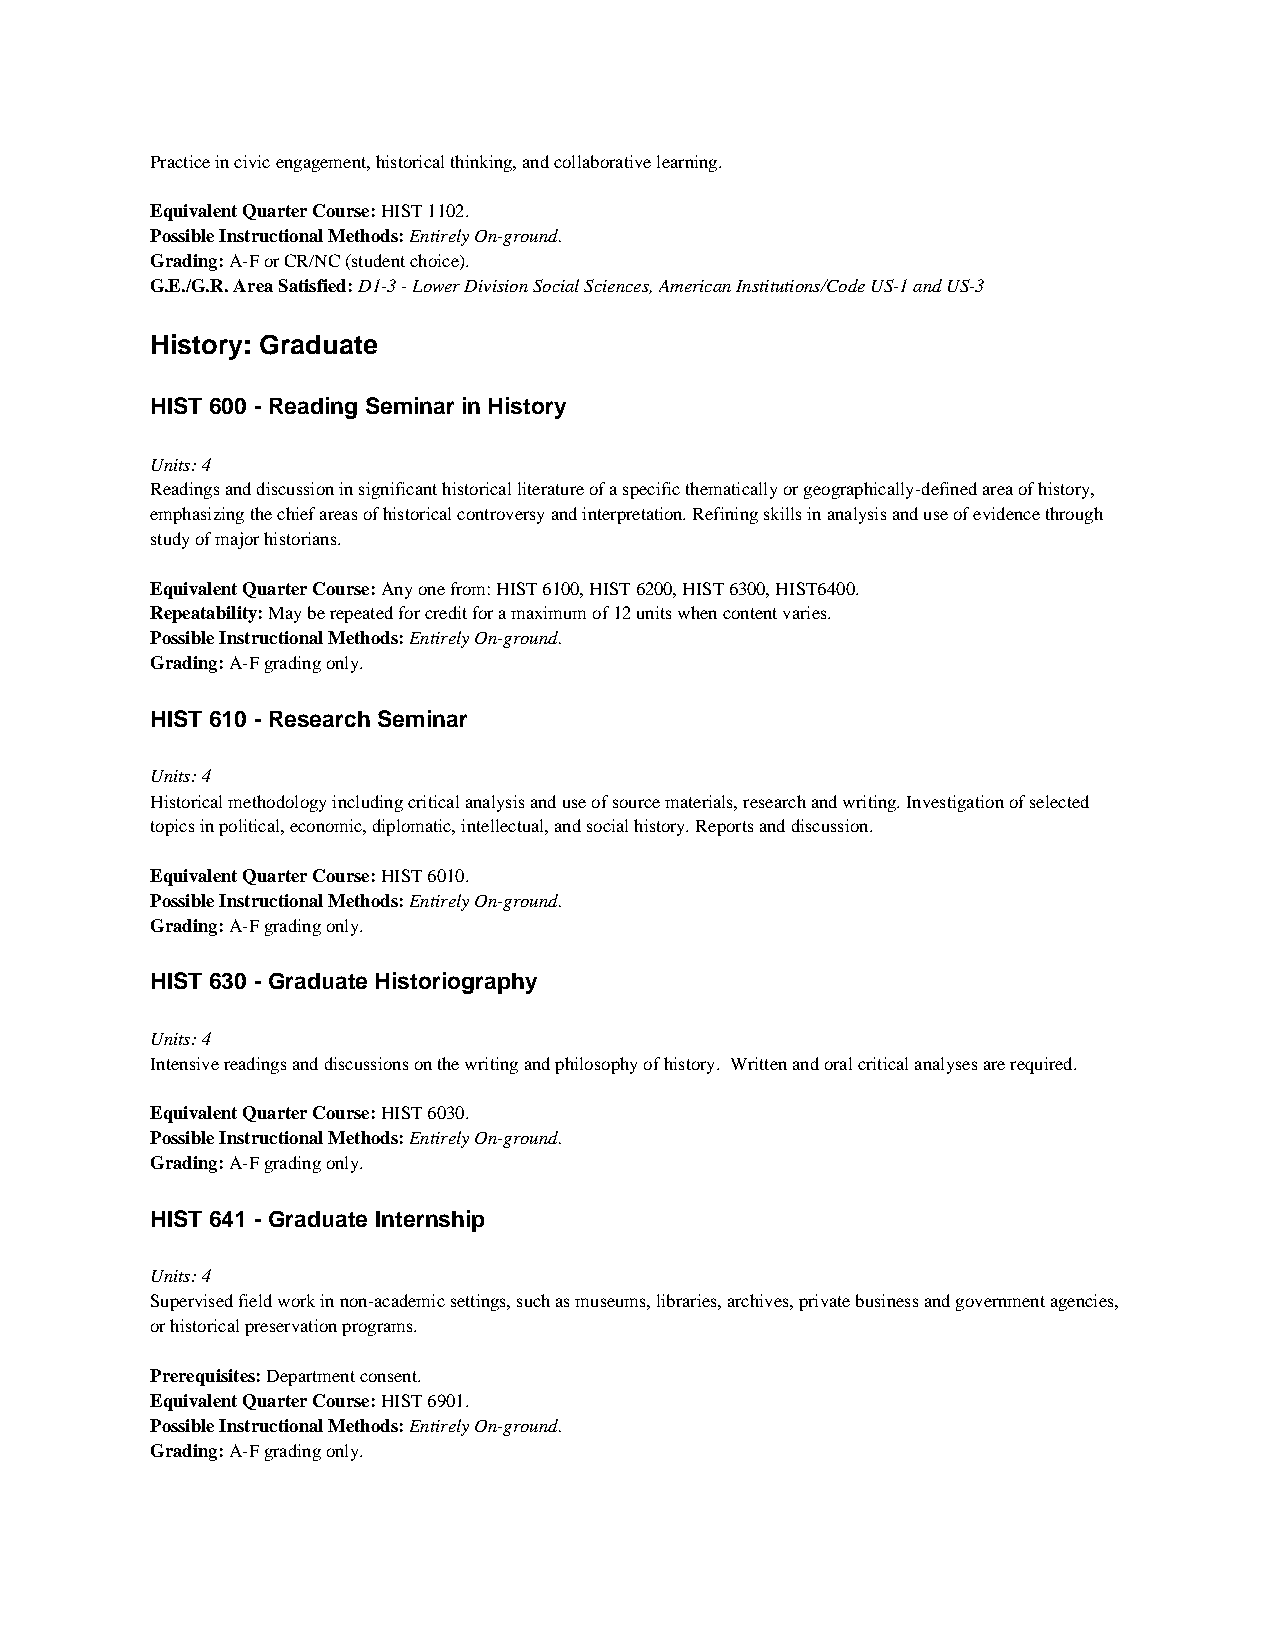
Practice in civic engagement, historical thinking, and collaborative learning.
 Equivalent Quarter Course: HIST 1102.
 Possible Instructional Methods: Entirely On-ground.
 Grading: A-F or CR/NC (student choice).
 G.E./G.R. Area Satisfied: D1-3 - Lower Division Social Sciences, American Institutions/Code US-1 and US-3
 History: Graduate
 HIST 600 - Reading Seminar in History
 Units: 4
 Readings and discussion in significant historical literature of a specific thematically or geographically-defined area of history,
 emphasizing the chief areas of historical controversy and interpretation. Refining skills in analysis and use of evidence through
 study of major historians.
 Equivalent Quarter Course: Any one from: HIST 6100, HIST 6200, HIST 6300, HIST6400.
 Repeatability: May be repeated for credit for a maximum of 12 units when content varies.
 Possible Instructional Methods: Entirely On-ground.
 Grading: A-F grading only.
 HIST 610 - Research Seminar
 Units: 4
 Historical methodology including critical analysis and use of source materials, research and writing. Investigation of selected
 topics in political, economic, diplomatic, intellectual, and social history. Reports and discussion.
 Equivalent Quarter Course: HIST 6010.
 Possible Instructional Methods: Entirely On-ground.
 Grading: A-F grading only.
 HIST 630 - Graduate Historiography
 Units: 4
 Intensive readings and discussions on the writing and philosophy of history. Written and oral critical analyses are required.
 Equivalent Quarter Course: HIST 6030.
 Possible Instructional Methods: Entirely On-ground.
 Grading: A-F grading only.
 HIST 641 - Graduate Internship
 Units: 4
 Supervised field work in non-academic settings, such as museums, libraries, archives, private business and government agencies,
 or historical preservation programs.
 Prerequisites: Department consent.
 Equivalent Quarter Course: HIST 6901.
 Possible Instructional Methods: Entirely On-ground.
 Grading: A-F grading only.